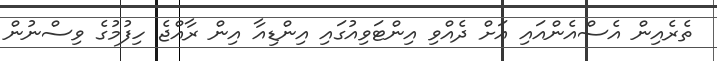
ތެރެއިން އެސްއެންއައި އަށް ދެއްވި އިންޓަވިއުގައި އިންޑިއާ އިން ރާއްޖެ ހިފުމުގެ ވިސްނުން